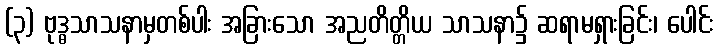
(၃) ဗုဒ္ဓသာသနာမှတစ်ပါး အခြားသော အညတိတ္တိယ သာသနာ၌ ဆရာမရှားခြင်း၊ ပေါင်း